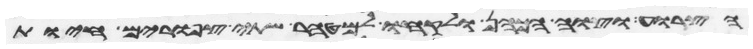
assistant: הצרוע וצוה הכהן ולקחו למטהר שתי צפורים חיות